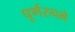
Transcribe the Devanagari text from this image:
पूर्णरुपमे